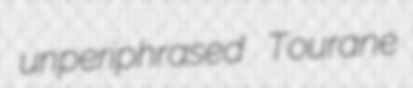
unperiphrased Tourane